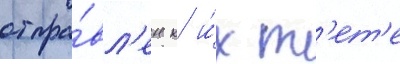
отпра́вл'ен к и́х т'ет'е